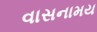
વાસનામય